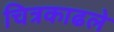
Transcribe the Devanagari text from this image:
चित्रकाढले